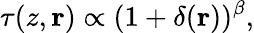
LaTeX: \tau(z,\mathbf{r})\propto(1+\delta(\mathbf{r}))^{\beta},